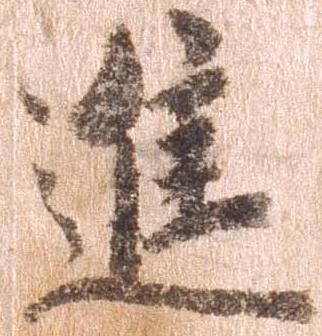
進